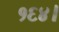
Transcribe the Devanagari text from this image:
१६४।